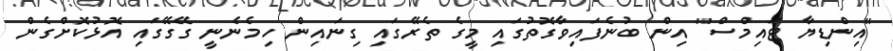
"އިންޑިޔާ ޓައިމްސް" އިން ބުނެފައިވާގޮތުގައި މީގެ ތެރޭގައި ގިނައިން ހިމެނެނީ ގޭގޭގައި އޮޅުކޮށްގެން